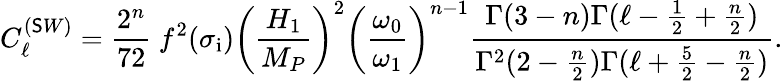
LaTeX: C_{\ell}^{(\mathsf{S}W)}=\frac{{2^{n}}}{{72}}~f^{2}(\sigma_{\mathrm{{i}}})\biggl(\frac{{H_{1}}}{{M_{P}}}\biggr)^{2}\biggl(\frac{{\omega_{0}}}{{\omega_{1}}}\biggr)^{n-1}\frac{{\Gamma(3-n)\Gamma(\ell-\frac{{1}}{{2}}+\frac{{n}}{{2}})}}{{\Gamma^{2}(2-\frac{{n}}{{2}})\Gamma(\ell+\frac{{5}}{{2}}-\frac{{n}}{{2}})}}.